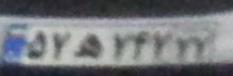
۵۷ه۷۴۷۷۷